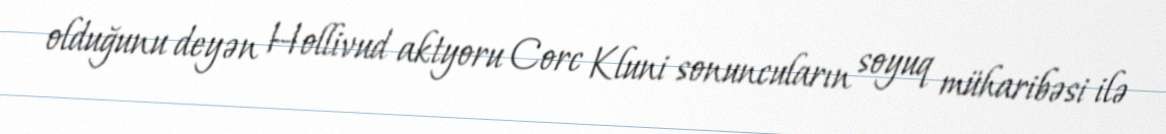
olduğunu deyən Hollivud aktyoru Corc Kluni sonuncuların soyuq müharibəsi ilə